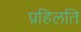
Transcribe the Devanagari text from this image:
प्रहिलति